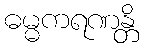
ဓမ္မကရဏန္တိ